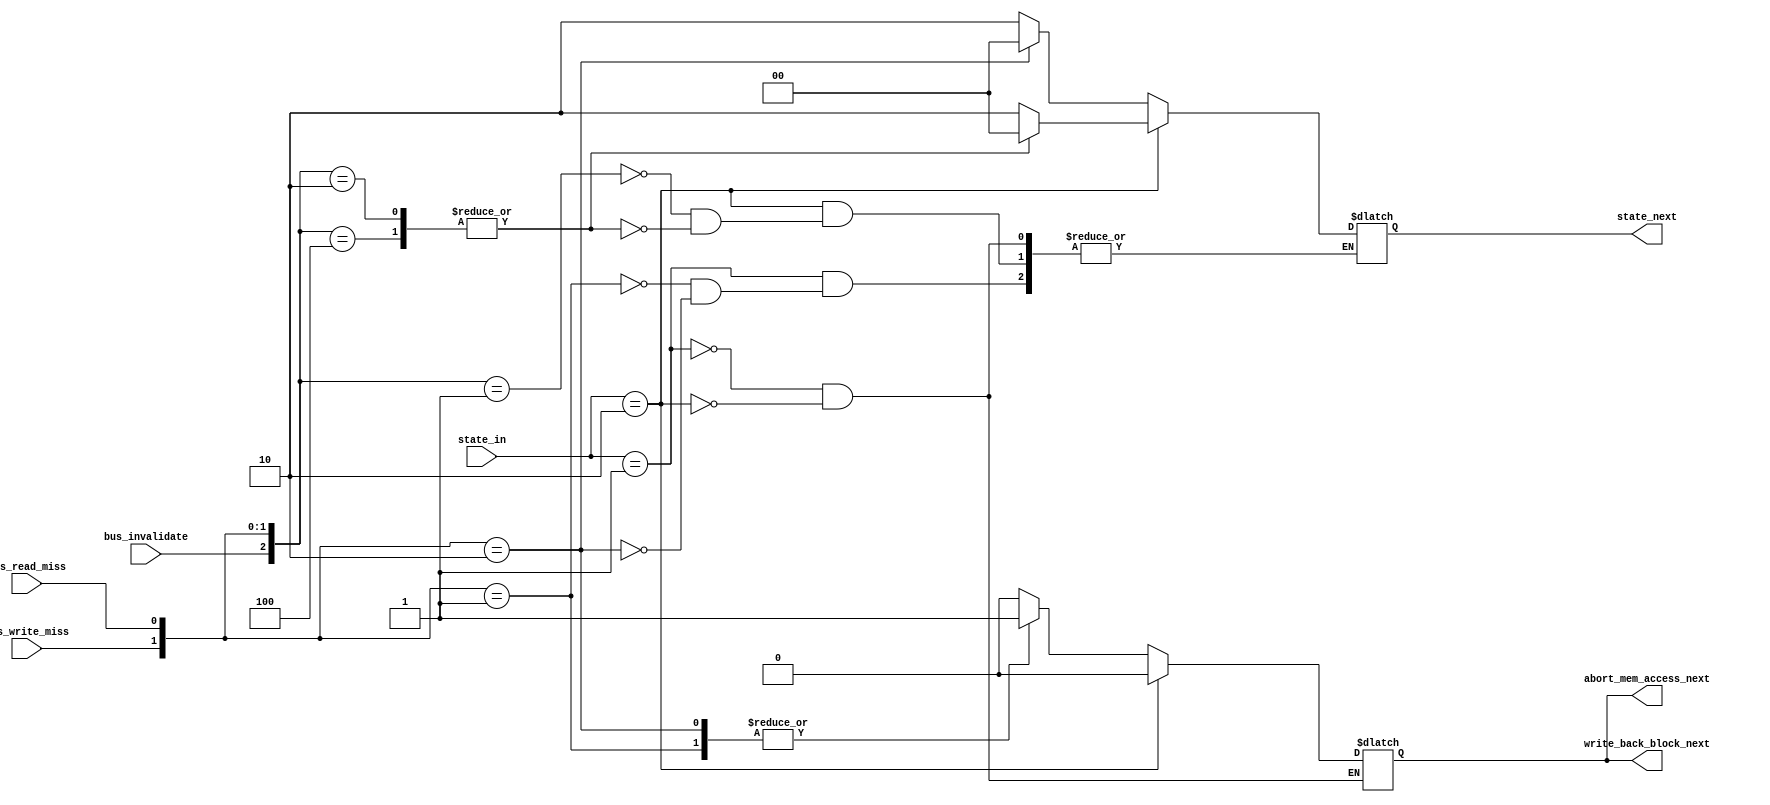
module FSM_MSI_BUS_requests_controller(
	input [1:0] state_in,
	input bus_write_miss, 
	input bus_read_miss, 
	input bus_invalidate,
	
	output reg abort_mem_access_next,
	output reg write_back_block_next,
	output reg [1:0] state_next
	);
	parameter INVALID=2'b00, MODIFIED=2'b01, SHARED=2'b10;
	initial begin 
		state_next <= INVALID;
		write_back_block_next <= 0;
		abort_mem_access_next <= 0;
	end
	always@(*)begin
		case(state_in)
			MODIFIED:begin
				case({bus_write_miss,bus_read_miss})
					2'b01:begin
						state_next <= SHARED;
						write_back_block_next <= 1;
						abort_mem_access_next <= 1;
					end
					2'b10:begin
						state_next <= INVALID;
						write_back_block_next <= 1;
						abort_mem_access_next <= 1;
					end
					default: begin
						state_next <= state_next; 
					 	write_back_block_next <= 0;
					 	abort_mem_access_next <= 0;
					end
				endcase
			end
			SHARED:begin
				case({bus_invalidate,bus_write_miss,bus_read_miss})
					3'b001:begin
						state_next <= SHARED;
						write_back_block_next <= 0;
						abort_mem_access_next <= 0;
					end
					3'b010,3'b100:begin
						state_next <= INVALID;
						write_back_block_next <= 0;
						abort_mem_access_next <= 0;
					end
					default:begin
					 	write_back_block_next <= 0;
					 	abort_mem_access_next <= 0;
					 	state_next <= state_next;
					end
				endcase
			end
		endcase
	end
endmodule